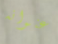
عنوانه